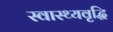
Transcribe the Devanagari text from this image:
स्वास्थ्यवृद्धि